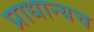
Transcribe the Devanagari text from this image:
प्राधान्यच